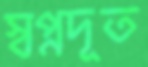
স্বপ্নদূত